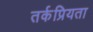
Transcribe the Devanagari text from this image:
तर्कप्रियता